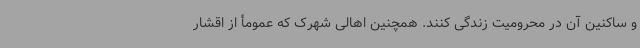
و ساکنین آن در محرومیت زندگی کنند. همچنین اهالی شهرک که عمومأ از اقشار